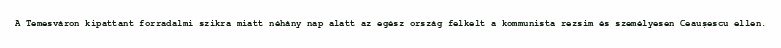
A Temesváron kipattant forradalmi szikra miatt néhány nap alatt az egész ország felkelt a kommunista rezsim és személyesen Ceaușescu ellen.